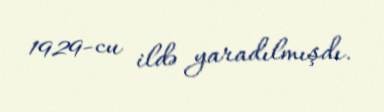
1929-cu ildə yaradılmışdı.